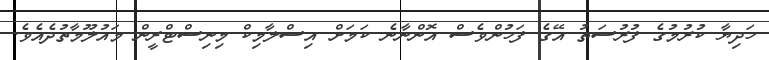
ހަދިޔާ ކުރުމުގެ ފުރުސަތު އޭގެ ފަހުންވެސް އޮންނާނެ ކަމަށް އިސްލާމިކް މިނިސްޓްރީން މައުލޫމާތުދެއެެވެ.